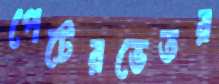
পেটেরভেতর